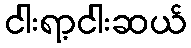
ငါးရာ့ငါးဆယ်